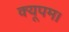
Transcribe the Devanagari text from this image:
क्यूपम।